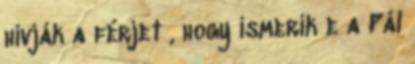
hívják a férjet , hogy ismerik e a Pál